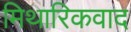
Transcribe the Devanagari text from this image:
मिथारिकवाद